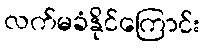
လက်မခံနိုင်ကြောင်း